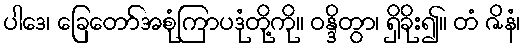
ပါဒေ၊ ခြေတော်အစုံကြာပဒုံတို့ကို။ ဝန္ဒိတွာ၊ ရှိခိုး၍။ တံ ဇိနံ၊